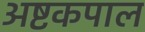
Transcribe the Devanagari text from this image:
अष्टकपाल